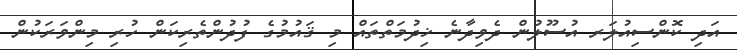
އަދި ކޮންސިއުލަރ އުސޫލުން ދެވިދާނެ ޚިދުމަތްތައް މި ޤައުމުގެ ފުދުންތެރިކަން ހުރި މިންވަރަކުން